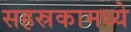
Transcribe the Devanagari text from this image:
सहस्रकामध्ये